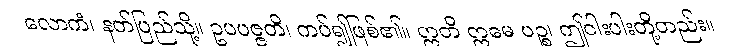
လောကံ၊ နတ်ပြည်သို့။ ဥပပဇ္ဇတိ၊ ကပ်၍ဖြစ်၏။ ဣတိ ဣမေ ပဉ္စ၊ ဤငါးပါးတို့တည်း။